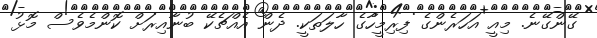
ގޭންގޭނެ. މިއީ އަހަރެންގެ ފިރިމީހާގެ ހާލަތަކީ. ދެން އެއްޗެކޭ ބުނާއިރަށް ކޮންމެވެސް މޮޅު